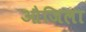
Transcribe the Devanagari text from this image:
औजिला